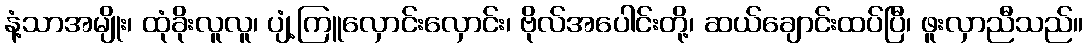
နံ့သာအမျိုး၊ ထုံခိုးလူလူ၊ ပျံ့ကြူလှောင်းလှောင်း၊ ဗိုလ်အပေါင်းတို့၊ ဆယ်ချောင်းထပ်ပြီ၊ ဖူးလှာညီသည်။